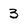
Character: 3